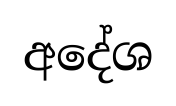
අදේශ